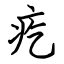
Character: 疙